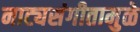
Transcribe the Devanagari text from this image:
नाट्यसंगीतामुळे